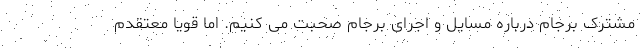
مشترک برجام درباره مسایل و اجرای برجام صحبت می کنیم. اما قویا معتقدم